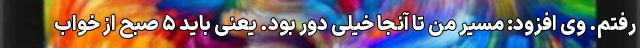
رفتم. وی افزود: مسیر من تا آنجا خیلی دور بود. یعنی باید ۵ صبح از خواب